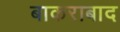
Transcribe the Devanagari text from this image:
बाकराबाद